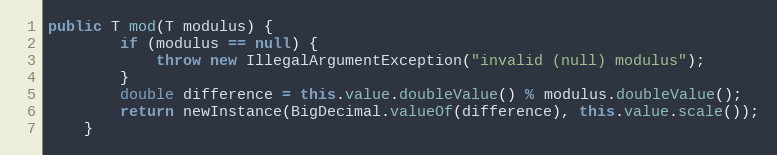
Language: Java
public T mod(T modulus) {
        if (modulus == null) {
            throw new IllegalArgumentException("invalid (null) modulus");
        }
        double difference = this.value.doubleValue() % modulus.doubleValue();
        return newInstance(BigDecimal.valueOf(difference), this.value.scale());
    }